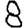
Digit: 8